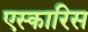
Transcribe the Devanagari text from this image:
एस्कारिस